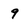
Character: 9